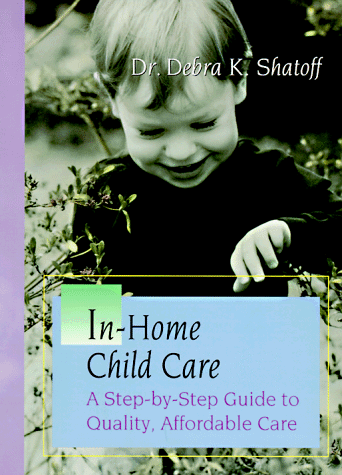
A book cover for In-Home Child Care: A Step-By-Step Guide to Quality, Affordable Care; Parenting & Relationships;